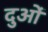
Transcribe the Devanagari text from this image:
दुओं